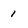
Character: 1